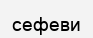
сефеви